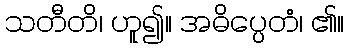
သတီတိ၊ ဟူ၍။ အဓိပ္ပေတံ၊ ၏။